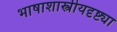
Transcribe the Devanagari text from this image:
भाषाशास्त्रीयदृष्ट्या